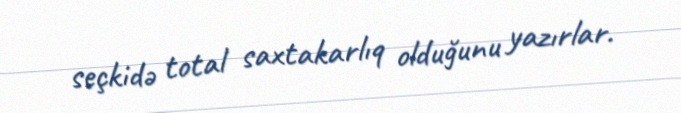
seçkidə total saxtakarlıq olduğunu yazırlar.